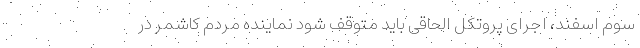
سوم اسفند، اجرای پروتکل الحاقی باید متوقف شود نماینده مردم کاشمر در